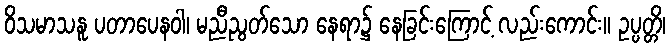
ဝိသမာသနူ ပတာပေနဝါ၊ မညီညွတ်သော နေရာ၌ နေခြင်းကြောင့် လည်းကောင်း။ ဥပ္ပတ္တိ၊